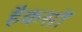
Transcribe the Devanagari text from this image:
हैकसॉ